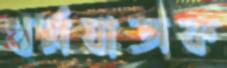
ধর্মযাজক